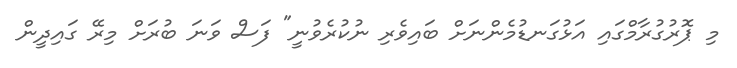
މި ޕޮރުގުރާމްގައި އަޅުގަނޑުމެންނަށް ބައިވެރި ނުކުރެވުނީ" ފަސް ވަނަ ބުރަށް މިރޭ ގައިދީން